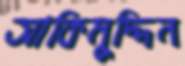
আকিমুদ্দিন